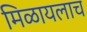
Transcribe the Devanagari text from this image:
मिळायलाच